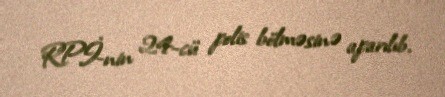
RPİ-nin 24-cü polis bölməsinə aparılıb.